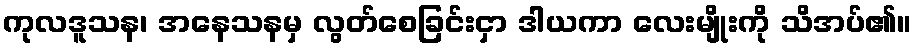
ကုလဒူသန၊ အနေသနမှ လွတ်စေခြင်းငှာ ဒါယကာ လေးမျိုးကို သိအပ်၏။